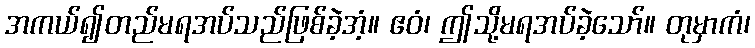
အကယ်၍တည်မရအပ်သည်ဖြစ်ခဲ့အံ့။ ဧဝံ၊ ဤသို့မရအပ်ခဲ့သော်။ တုမှာကံ၊